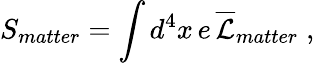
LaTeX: S_{matter}=\int d^{4}x\, e\, \overline{{\mathcal{L}}}_{matter}\; ,